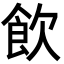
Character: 飲